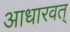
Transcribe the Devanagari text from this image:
आधारवत्